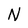
Character: N